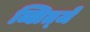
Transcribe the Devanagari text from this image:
ब्लित्जें